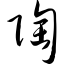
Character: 陶